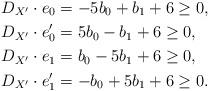
LaTeX: \begin{align*}D_{X^\prime}\cdot e_0&= -5b_0 +b_1 +6 \geq 0,\\ D_{X^\prime}\cdot e_0^\prime & = 5b_0 -b_1 +6 \geq 0,\\ D_{X^\prime}\cdot e_1& = b_0 - 5b_1 +6 \geq 0,\\ D_{X^\prime}\cdot e_1^\prime &= -b_0 + 5b_1 +6 \geq 0.\end{align*}